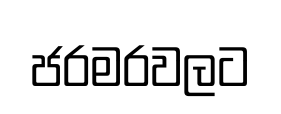
ජරමරවලට